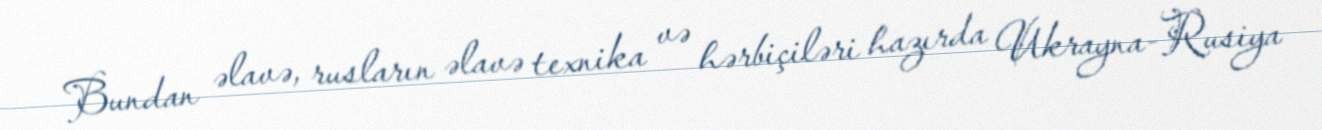
Bundan əlavə, rusların əlavə texnika və hərbiçiləri hazırda Ukrayna-Rusiya